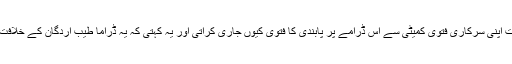
اگر غازی ارطغرل محض ڈراما ہی ہوتا تو مصر کی حکومت اپنی سرکاری فتوی کمیٹی سے اس ڈرامے پر پابندی کا فتوی کیوں جاری کراتی اور یہ کہتی کہ یہ ڈراما طیب اردگان کے خلافت عثمانیہ کا احیاء اور نشاۃ ثانیہ کے منصوبے کا حصہ ہے۔